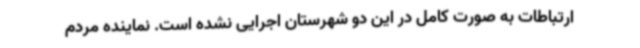
ارتباطات به صورت کامل در این دو شهرستان اجرایی نشده است. نماینده مردم